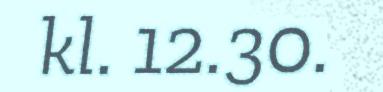
kl. 12.30.